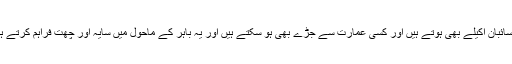
یہ سائبان اکیلے بھی ہوتے ہیں اور کسی عمارت سے جڑے بھی ہو سکتے ہیں اور یہ باہر کے ماحول میں سایہ اور چھت فراہم کرتے ہیں۔